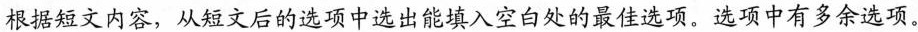
根据短文内容,从短文后的选项中选出能填入空白处的最住选项.选项中有多余选项.